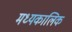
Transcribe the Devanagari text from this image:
मध्यकालिक